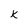
Character: K